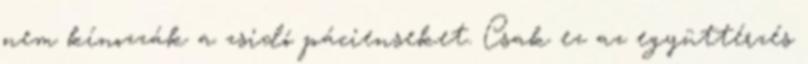
nem kínozzák a zsidó pácienseket. Csak ez az együttérzés